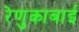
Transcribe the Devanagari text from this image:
रेणुकाबाई